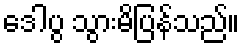
ဒေါပွ သွားမိပြန်သည်။